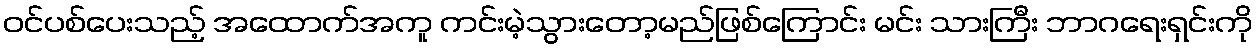
ဝင်ပစ်ပေးသည့် အထောက်အကူ ကင်းမဲ့သွားတော့မည်ဖြစ်ကြောင်း မင်း သားကြီး ဘာဂရေးရှင်းကို